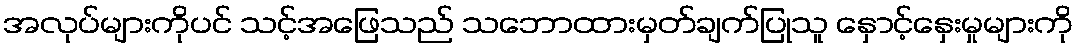
အလုပ်များကိုပင် သင့်အဖြေသည် သဘောထားမှတ်ချက်ပြုသူ နှောင့်နှေးမှုများကို